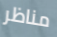
مناظر